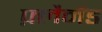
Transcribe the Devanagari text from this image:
फ़्लैमैंड